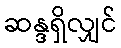
ဆန္ဒရှိလျှင်